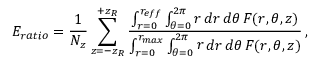
E _ { r a t i o } = \frac { 1 } { N _ { z } } \sum _ { z = - z _ { R } } ^ { + z _ { R } } \frac { \int \displaylimits _ { r = 0 } ^ { r _ { e f f } } \int \displaylimits _ { \theta = 0 } ^ { 2 \pi } \mathop { r } \mathop { d r } \mathop { d \theta } F ( r , \theta , z ) } { \int \displaylimits _ { r = 0 } ^ { r _ { m a x } } \int \displaylimits _ { \theta = 0 } ^ { 2 \pi } \mathop { r } \mathop { d r } \mathop { d \theta } F ( r , \theta , z ) } \, ,